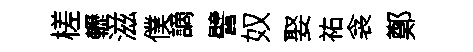
槎轣滋僕謫譬奴娶祐衾鄭